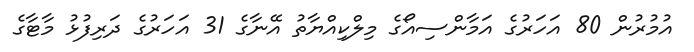
އުމުރުން 80 އަހަރުގެ އަމާންސިއޯގެ މިލްކިއްޔާތު އޭނާގެ 31 އަހަރުގެ ދަރިފުޅު މާޓާގެ